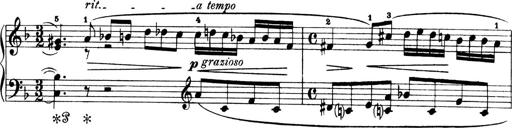
Title: 4 Sonatines
Composer: Max Reger